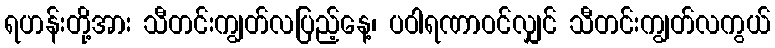
ရဟန်းတို့အား သီတင်းကျွတ်လပြည့်နေ့၊ ပဝါရဏာဝင်လျှင် သီတင်းကျွတ်လကွယ်